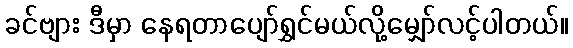
ခင်ဗျား ဒီမှာ နေရတာပျော်ရွှင်မယ်လို့မျှော်လင့်ပါတယ်။